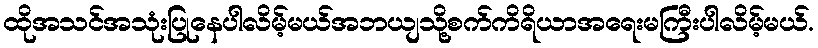
ထိုအသင်အသုံးပြုနေပါလိမ့်မယ်အဘယျသို့စက်ကိရိယာအရေးမကြီးပါလိမ့်မယ်.